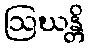
ဩဃန္တိ